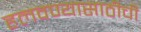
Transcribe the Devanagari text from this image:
हलवण्यासाठीची